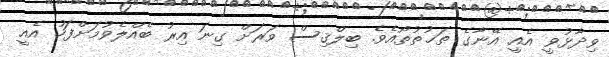
ވިދާޅުވީ އެއީ އޭނާގެ ތަޚުތުތޯއެވެ. ބިލްޤިސް ވަރަށް ގިނަ އިރު ބެއްލެވުމަށްފަހު އެއީ